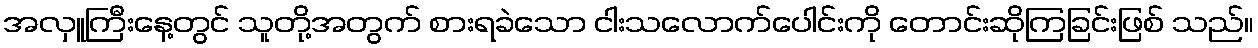
အလှူကြီးနေ့တွင် သူတို့အတွက် စားရခဲသော ငါးသလောက်ပေါင်းကို တောင်းဆိုကြခြင်းဖြစ် သည်။